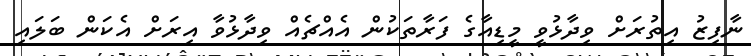
ނާފިޒު އިތުރަށް ވިދާޅުވީ މީޑިއާގެ ފަރާތަކުން އެއްޗެއް ވިދާޅުވާ އިރަށް އެކަން ބަލައި